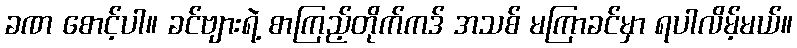
ခဏ စောင့်ပါ။ ခင်ဗျားရဲ့ စာကြည့်တိုက်ကဒ် အသစ် မကြာခင်မှာ ရပါလိမ့်မယ်။